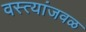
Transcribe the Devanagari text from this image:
वस्त्यांजवळ